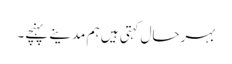
بہرحال کہتی ہیں ہم مدینے پہنچے۔